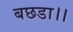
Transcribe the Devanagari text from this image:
बछडा।।